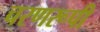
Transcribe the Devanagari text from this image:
चरणरूपी